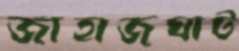
জাহাজঘাট